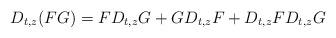
LaTeX: \begin{align*} D_{t,z}(F G)= FD_{t,z}G + GD_{t,z}F + D_{t,z}FD_{t,z}G \end{align*}